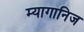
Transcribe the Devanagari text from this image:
म्यागानिज